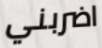
اضربني